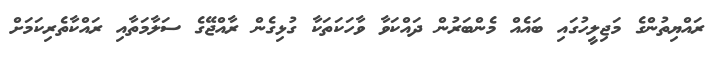
ރައްޔިތުންގެ މަޖިލީހުގައި ބައެއް މެންބަރުން ދައްކަވާ ވާހަކަަތަކާ ގުޅިގެން ރާއްޖޭގެ ސަލާމަތާއި ރައްކާތެރިކަމަށް